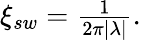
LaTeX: \begin{array}{r}{\xi_{sw}=\frac{1}{2\pi|\lambda|}.}\end{array}